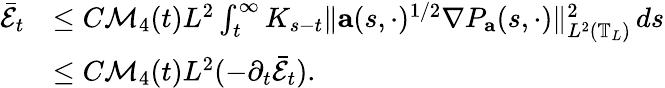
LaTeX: \begin{array}{rl}{\bar{\mathcal{E}}_{t}}&{\leq C\mathcal{M}_{4}(t)L^{2}\int_{t}^{\infty}K_{s-t}\| \mathbf{a}(s,\cdot)^{1/2}\nabla P_{\mathbf{a}}(s,\cdot)\| _{L^{2}\left(\mathbb{T}_{L}\right)}^{2}\, ds}\\ &{\leq C\mathcal{M}_{4}(t)L^{2}(-\partial_{t}\bar{\mathcal{E}}_{t}).}\end{array}